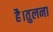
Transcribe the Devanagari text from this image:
है।तुलना